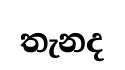
තැනද